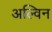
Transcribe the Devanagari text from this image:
अल्विन